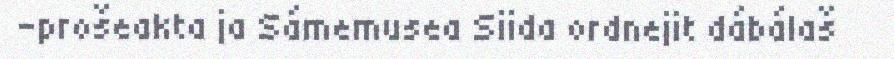
-prošeakta ja Sámemusea Siida ordnejit dábálaš